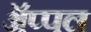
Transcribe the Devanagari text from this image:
ॲप्पल